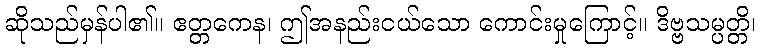
ဆိုသည်မှန်ပါ၏။ ဧတ္တကေန၊ ဤအနည်းငယ်သော ကောင်းမှုကြောင့်။ ဒိဗ္ဗသမ္ပတ္တိ၊